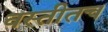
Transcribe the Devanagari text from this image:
वस्तीतच